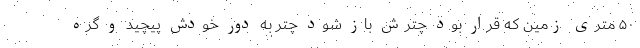
۵۰ متری زمین که قرار بود چترش باز شود چتر به دور خودش پیچید و گره